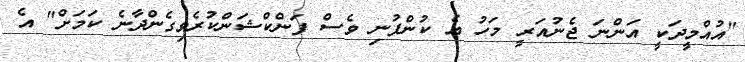
"އުއްމީދަކީ އަންނަ ޖެނުއަރީ މަހު އެ ކުންފުނި ވެސް ފަންކްޝަންކުރެވިގެންދާނެ ކަމަށް" އެ